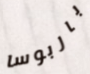
باربوسا